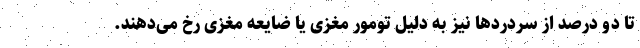
تا دو درصد از سردردها نیز به دلیل تومور مغزی یا ضایعه مغزی رخ می‌دهند.